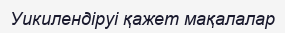
Уикилендіруі қажет мақалалар